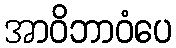
အာဝိဘာဝံပေ